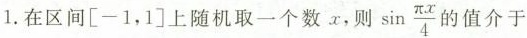
1.在区间[-1，1]上随机取一个数x，则 \sin \frac{\pi x}{4}}的值介于